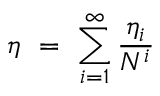
\eta ~ = ~ \sum _ { i = 1 } ^ { \infty } \frac { \eta _ { i } } { N ^ { i } }